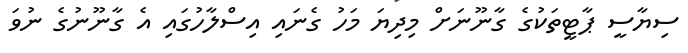
ސިޔާސީ ޕާޓީތަކުގެ ގާނޫނަށް މިދިޔަ މަހު ގެނައި އިސްލާހުގައި އެ ގާނޫނުގެ ނުވަ